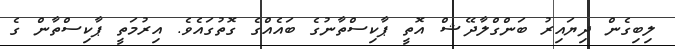
ލިބިގެން ދިޔައިރު ބަންގްލާދޭޝް އޮޮތީ ޕާކިސްތާނުގެ ބައެއްގެ ގޮތުގައެވެ. އިރުމަތީ ޕާކިސްތާން ގެ